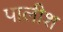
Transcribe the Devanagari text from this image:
पालीश